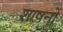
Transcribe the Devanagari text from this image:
शाषनों